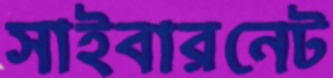
সাইবারনেট